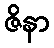
ဇိနာ